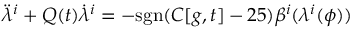
{ \ddot { \lambda } } ^ { i } + Q ( t ) { \dot { \lambda } } ^ { i } = - \mathrm { s g n } ( C [ g , t ] - 2 5 ) \beta ^ { i } ( \lambda ^ { i } ( \phi ) )